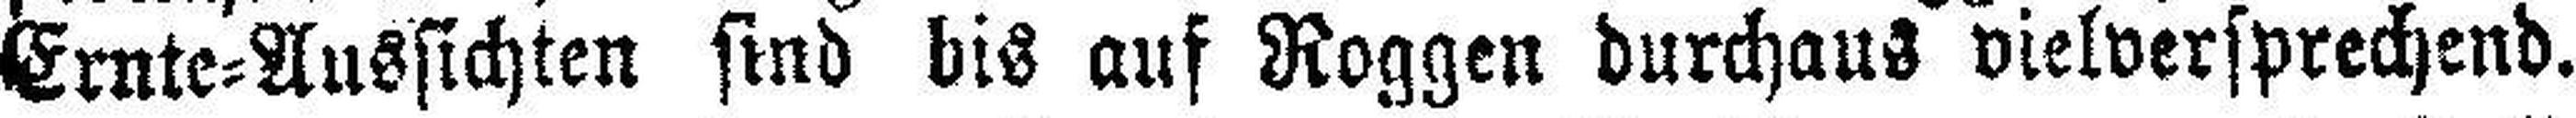
Ernte=Aussichten sind bis auf Roggen durchaus vielversprechend.